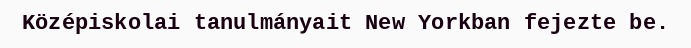
Középiskolai tanulmányait New Yorkban fejezte be.